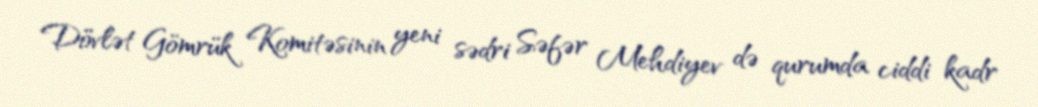
Dövlət Gömrük Komitəsinin yeni sədri Səfər Mehdiyev də qurumda ciddi kadr